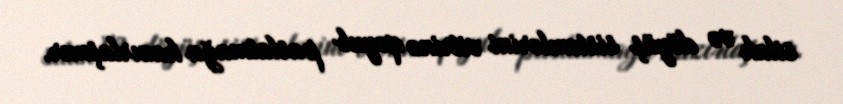
silah və döyüş sistemlərini vitrinə qoyub paslatmağa hazırlaşmır.